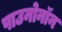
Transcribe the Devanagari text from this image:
पाउनोनॉन